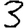
Digit: 3